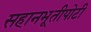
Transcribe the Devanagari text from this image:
सहानभूतीपोटी